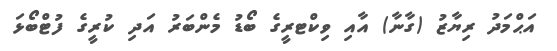
އަޙްމަދު ރިޔާޒު (ގާނާ) އާއި ވިކްޓރީގެ ބޯޑު މެންބަރު އަދި ކުރީގެ ފުޓްބޯޅަ